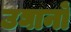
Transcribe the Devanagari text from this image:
उघानों